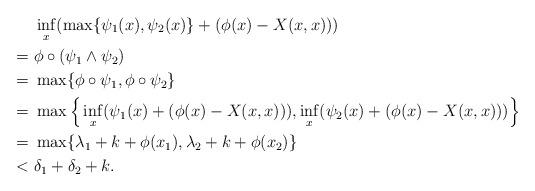
LaTeX: \begin{align*}&~ \inf_{x}(\max\{\psi_1(x),\psi_2(x)\}+(\phi(x)-X(x,x)))\\ =&~ \phi\circ(\psi_1\wedge\psi_2)\\ = & ~ \max\{\phi\circ\psi_1,\phi\circ\psi_2\} \\= & ~\max\Big\{\inf_{x}(\psi_1(x)+(\phi(x)-X(x,x))), \inf_{x}(\psi_2(x)+(\phi(x)-X(x,x)))\Big\}\\= & ~\max\{\lambda_1+k+\phi(x_1),\lambda_2+k+\phi(x_2)\}\\< &~\delta_1+\delta_2+k.\end{align*}